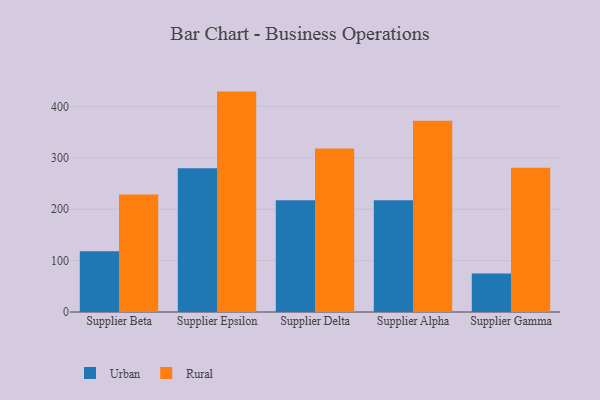
{"axis": {"x": "Supplier", "y": "Shipments"}, "legend": ["Rural", "Urban"], "data": [{"x": "Supplier Beta", "y": 118.4, "type": "Urban"}, {"x": "Supplier Beta", "y": 228.7, "type": "Rural"}, {"x": "Supplier Epsilon", "y": 279.7, "type": "Urban"}, {"x": "Supplier Epsilon", "y": 429.1, "type": "Rural"}, {"x": "Supplier Delta", "y": 217.4, "type": "Urban"}, {"x": "Supplier Delta", "y": 318.3, "type": "Rural"}, {"x": "Supplier Alpha", "y": 217.6, "type": "Urban"}, {"x": "Supplier Alpha", "y": 372.4, "type": "Rural"}, {"x": "Supplier Gamma", "y": 74.9, "type": "Urban"}, {"x": "Supplier Gamma", "y": 281.0, "type": "Rural"}]}